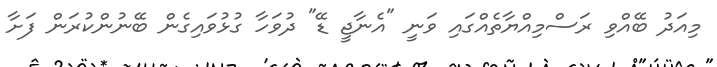
މިއަދު ބޭއްވި ރަސްމިއްޔާތެއްގައި ވަނީ "އެނާޖީ ޑޭ" ދުވަހާ ގުޅުވައިގެން ބޭނުންކުރަން ފަށާ